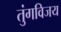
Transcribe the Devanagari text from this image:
तुंगविजय